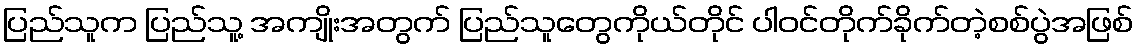
ပြည်သူက ပြည်သူ့ အကျိုးအတွက် ပြည်သူတွေကိုယ်တိုင် ပါဝင်တိုက်ခိုက်တဲ့စစ်ပွဲအဖြစ်